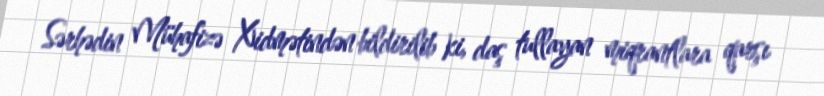
Sərhədin Mühafizə Xidmətindən bildirilib ki, daş tullayan miqrantlara qarşı